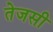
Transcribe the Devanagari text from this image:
तेजसी